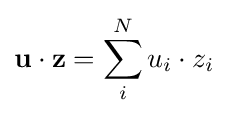
\mathbf {u} \cdot \mathbf {z} =\sum _{i}^{N}u_{i}\cdot z_{i}